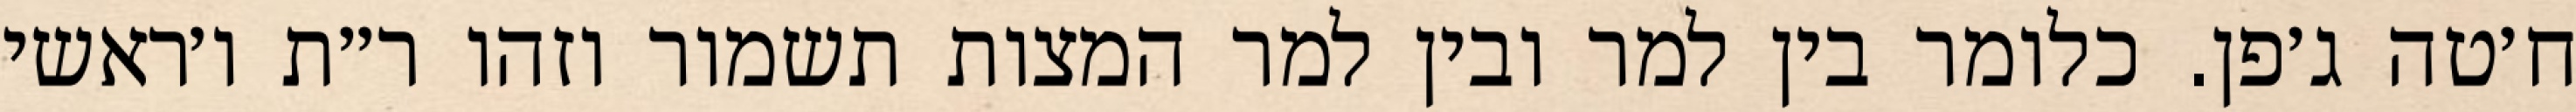
ח׳טה ג׳פן. כלומר בין למר ובין למר המצות תשמור וזהו ר״ת ו׳ראשי